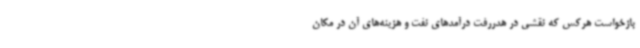
بازخواست هرکس که نقشی در هدررفت درآمدهای نفت و هزینه‌های آن در مکان